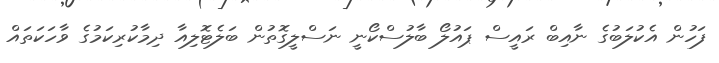
ފަހުން އެކުލަބުގެ ނާއިބް ރައީސް ޕައުލޯ ބާލުސްކޯނީ ނަސްލީގޮތުން ބަލެޓޮލިއާ ދިމާކުރިކަމުގެ ވާހަކަތައް